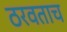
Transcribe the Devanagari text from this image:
ठरवताच